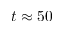
t \approx 5 0